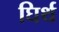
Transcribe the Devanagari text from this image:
घिर्थ